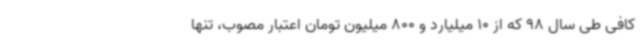
کافی طی سال 98 که از 10 میلیارد و 800 میلیون تومان اعتبار مصوب، تنها